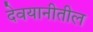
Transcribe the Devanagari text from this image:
देवयानीतील